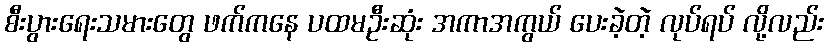
စီးပွားရေးသမားတွေ ဖက်ကနေ ပထမဦးဆုံး အကာအကွယ် ပေးခဲ့တဲ့ လုပ်ရပ် လို့လည်း